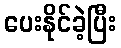
ပေးနိုင်ခဲ့ပြီး